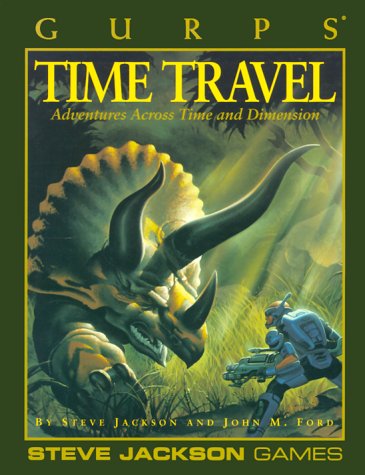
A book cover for GURPS Time Travel (GURPS: Generic Universal Role Playing System); Steve Jackson; Science Fiction & Fantasy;